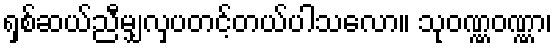
ရှစ်ဆယ်ညီမျှလှပတင့်တယ်ပါသလော။ သုဝဏ္ဏဝဏ္ဏာ၊